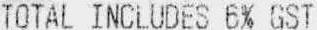
TOTAL INCLUDES 6% GST